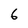
Character: 6